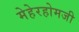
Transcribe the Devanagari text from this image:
मेहेरहोमजी